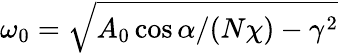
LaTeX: \omega_{0}=\sqrt{A_{0}\cos\alpha/(N\chi)-\gamma^{2}}